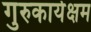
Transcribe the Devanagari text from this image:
गुरुकार्यक्षम